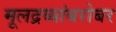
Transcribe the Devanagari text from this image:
मूलद्रव्यांबरोबर